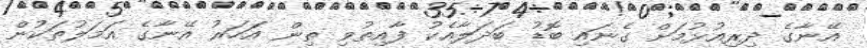
އޭނާގެ ދިރިއުޅުމަށް ގެނައި ބޮޑު ބަދަލާއެކު ފާއިތުވި ތިން އަހަރު އޭނާގެ އަމަލުތަކުން